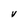
Character: V